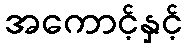
အကောင့်နှင့်